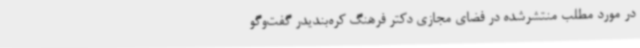
در مورد مطلب منتشرشده در فضای مجازی دکتر فرهنگ کره‌بندیدر گفت‌وگو